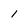
Character: 1